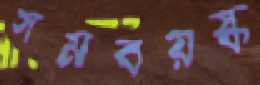
সমবয়স্ক